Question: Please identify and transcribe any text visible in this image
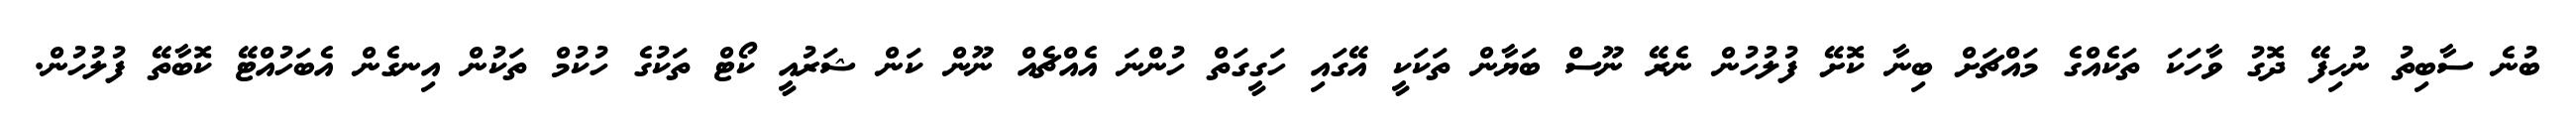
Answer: ބުނެ ސާބިތު ނުހިފޭ ދޮގު ވާހަކަ ތަކެއްގެ މައްޗަށް ބިނާ ކޮށޭ ފުލުހުން ނެރޭ ނޫސް ބަޔާން ތަކަކީ އޭގައި ހަގީގަތް ހުންނަ އެއްޗެއް ނޫން ކަން ޝަރުއީ ކޯޓް ތަކުގެ ހުކުމް ތަކުން އިނގެން އެބަހުއްޓޭ ކޮބާތޭ ފުލުހުން.